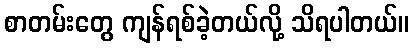
စာတမ်းတွေ ကျန်ရစ်ခဲ့တယ်လို့ သိရပါတယ်။